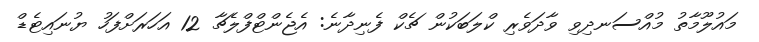
މައުލޫމާތު މުއްސަނދިވި ވާދަވެރި ކްލަބަކުން ޗެކް ފެނިދާނެ: އެޖެންޓްފްލެޗާ 12 އަހަރަށްފަހު ޔުނައިޓެޑް